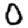
Digit: 0